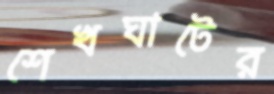
শেখঘাটের